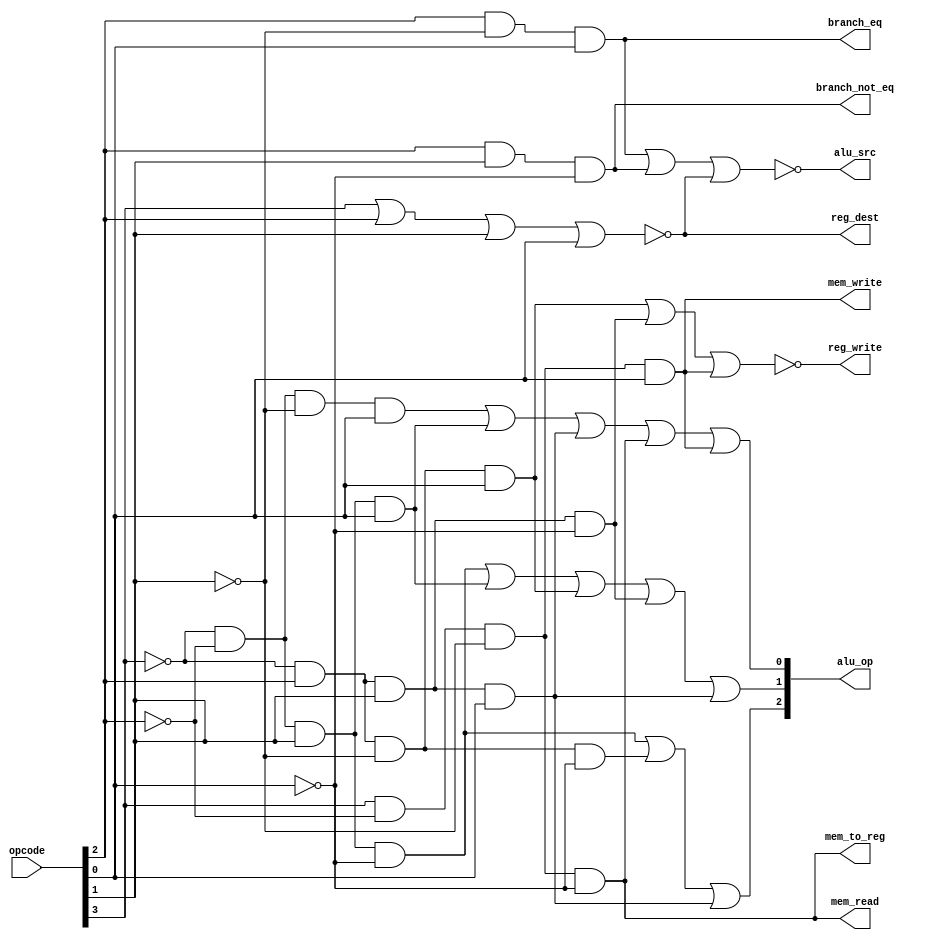
module mips_control(reg_dest, branch_eq, branch_not_eq, mem_read, mem_to_reg, alu_op, mem_write, alu_src, reg_write, opcode);
	
	input [3:0] opcode;
	output reg_dest, branch_eq, branch_not_eq, mem_read, mem_to_reg, mem_write, alu_src, reg_write;
	output [2:0] alu_op;
	
	wire op3_not, op2_not, op1_not, op0_not;
	not not3(op3_not, opcode[3]);
	not not2(op2_not, opcode[2]);
	not not1(op1_not, opcode[1]);
	not not0(op0_not, opcode[0]);
	
	//REG_DEST = (op3+op2+op1+op0)
	nor nor_1(reg_dest, opcode[3], opcode[2], opcode[1], opcode[0]);
	
	//BRANCH_eq = (op2 op1 op0)
	and and_br_0(branch_eq, opcode[2], op1_not, opcode[0]);
	
	//BRANCH_not_eq = (op2 op1 op0)
	and and_br_1(branch_not_eq, opcode[2], opcode[1], op0_not);
	
	//MEM_READ op3 op2 op1 op0
	and and_mem_read(mem_read, opcode[3], op2_not, op1_not, op0_not);
	
	//MEM_TO_REG 
	and and_mem_to_reg(mem_to_reg, opcode[3], op2_not, op1_not, op0_not);
	
	//ALU_OP_2 (op3 op2 op1 op0)+(op3 op2 op1 op0)+(op3 op2 op1 op0)
	wire and_alu2_out1, and_alu2_out2, and_alu2_out3;
	and and1_alu2(and_alu2_out1, op3_not, op2_not, opcode[1], op0_not);
	and and2_alu2(and_alu2_out2, op3_not, opcode[2], op1_not, op0_not);
	and and3_alu2(and_alu2_out3, op3_not, opcode[2], opcode[1], opcode[0]);
	
	or or_alu2(alu_op[2], and_alu2_out1, and_alu2_out2, and_alu2_out3);
	
	//ALU_OP_1 (op3 op2 op1 op0)+(op3 op2 op1 op0)+(op3 op2 op1 op0)+(op3 op2 op1 op0)+(op3 op2 op1 op0)
	wire and_alu1_out1, and_alu1_out2, and_alu1_out3, and_alu1_out4, and_alu1_out5;
	and and1_alu1(and_alu1_out1, op3_not, op2_not, opcode[1], op0_not);
	and and2_alu1(and_alu1_out2, op3_not, op2_not, opcode[1], opcode[0]);
	and and3_alu1(and_alu1_out3, op3_not, opcode[2], op1_not, opcode[0]);
	and and4_alu1(and_alu1_out4, op3_not, opcode[2], opcode[1], op0_not);
	and and5_alu1(and_alu1_out5, op3_not, opcode[2], opcode[1], opcode[0]);
	
	or or_alu1(alu_op[1], and_alu1_out1, and_alu1_out2, and_alu1_out3, and_alu1_out4, and_alu1_out5);
	
	//ALU_OP_0 (op3 op2 op1 op0)+(op3 op2 op1 op0)+(op3 op2 op1 op0)+(op3 op2 op1 op0)+(op3 op2 op1 op0)
	wire and_alu0_out1, and_alu0_out2, and_alu0_out3, and_alu0_out4, and_alu0_out5;
	and and1_alu0(and_alu0_out1, op3_not, op2_not, op1_not, opcode[0]);
	and and2_alu0(and_alu0_out2, op3_not, op2_not, opcode[1], opcode[0]);
	and and3_alu0(and_alu0_out3, op3_not, opcode[2], opcode[1], opcode[0]);
	and and4_alu0(and_alu0_out4, opcode[3], op2_not, op1_not, op0_not);
	and and5_alu0(and_alu0_out5, opcode[3], op2_not, op1_not, opcode[0]);
	
	or or_alu0(alu_op[0], and_alu0_out1, and_alu0_out2, and_alu0_out3, and_alu0_out4, and_alu0_out5);
	
	//MEM_WRITE op3 op2 op1 op0
	and and_mem_write(mem_write, opcode[3], op2_not, op1_not, opcode[0]);
	
	//ALU_SRC ((op3+op2+op1+op0)+(op2 op1 op0)+(op2 op1 op0))
	wire or_alusrc0_out, or_alusrc1_out, not_alusrc_out;
	or or_alu_src0(or_alusrc0_out, opcode[3], opcode[2], opcode[1], opcode[0]);
	not not_alu_src0(not_alusrc0_out, or_alusrc0_out);
	or or_alu_src1(or_alusrc1_out, branch_eq, branch_not_eq, not_alusrc0_out);
	not not_alu_src1(alu_src, or_alusrc1_out);
	
	//REG_WRITE ((op3 op2 op1 op0)+(op3 op2 op1 op0) (op3 op2 op1 op0) )
	wire and_regw_out1, and_regw_out2, and_regw_out3, or_regw_out;
	and and1_regw(and_regw_out1, op3_not, opcode[2], op1_not, opcode[0]);
	and and2_regw(and_regw_out2, op3_not, opcode[2], opcode[1], op0_not);
	and and3_regw(and_regw_out3, opcode[3], op2_not, op1_not, opcode[0]);
	or or_regw(or_regw_out, and_regw_out1, and_regw_out2, and_regw_out3);
	not not_regw(reg_write, or_regw_out);
	
endmodule